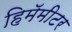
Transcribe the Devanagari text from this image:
हिमॅमीटर